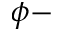
\phi -